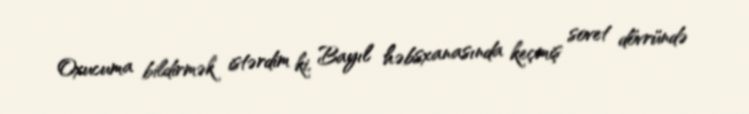
Oxucuma bildirmək istərdim ki, Bayıl həbsxanasında keçmiş sovet dövründə